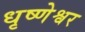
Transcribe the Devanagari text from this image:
धृष्णेश्वर